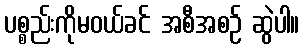
ပစ္စည်းကိုမဝယ်ခင် အစီအစဉ် ဆွဲပါ။